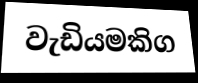
වැඩියමකිග